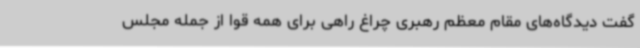
گفت دیدگاه‌های مقام معظم رهبری چراغ راهی برای همه قوا از جمله مجلس